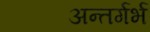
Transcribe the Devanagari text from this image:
अन्तर्गर्भ